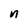
Character: n